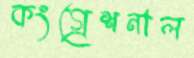
কংগ্রেশনাল